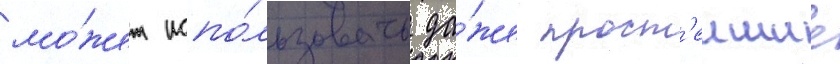
мо́жет испо́льзовать да́же прост'еишие